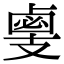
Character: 𢻛